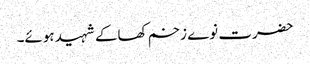
حضرت نوے زخم کھاکے شہید ہوئے۔